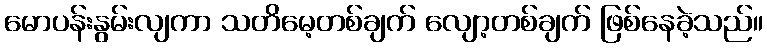
မောပန်းနွမ်းလျကာ သတိမေ့တစ်ချက် လျော့တစ်ချက် ဖြစ်နေခဲ့သည်။